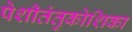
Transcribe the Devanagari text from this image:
पेशीतंतुकोशिका